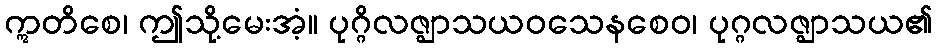
ဣတိစေ၊ ဤသို့မေးအံ့။ ပုဂ္ဂိလဇ္ဈာသယဝသေနစေဝ၊ ပုဂ္ဂလဇ္ဈာသယ၏